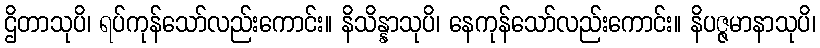
ဌိတာသုပိ၊ ရပ်ကုန်သော်လည်းကောင်း။ နိသိန္နာသုပိ၊ နေကုန်သော်လည်းကောင်း။ နိပဇ္ဇမာနာသုပိ၊